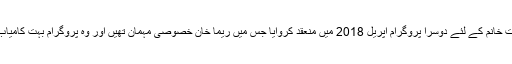
شوکت خانم کے لئے دوسرا پروگرام اپریل 2018 میں منعقد کروایا جس میں ریما خان خصوصی مہمان تھیں اور وہ پروگرام بہت کامیاب رہا۔